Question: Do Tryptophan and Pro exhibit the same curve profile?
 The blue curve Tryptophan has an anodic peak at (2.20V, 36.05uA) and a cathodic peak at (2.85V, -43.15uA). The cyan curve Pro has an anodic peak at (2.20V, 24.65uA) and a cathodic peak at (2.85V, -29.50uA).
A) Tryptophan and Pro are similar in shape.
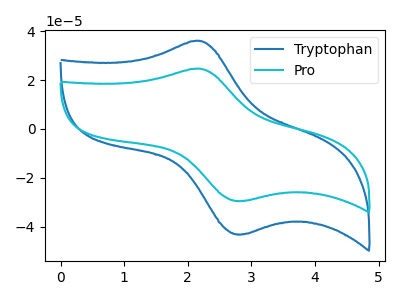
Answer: <think>All the peaks in "Tryptophan" have a peak in "Pro" at the same potential. Every peak in "Tryptophan" is higher than every peak in "Pro".
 </think>
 <answer>A) "Tryptophan" and "Pro" are similar in shape.</answer>
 <eval>A</eval>